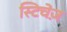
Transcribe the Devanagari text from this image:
स्टिचेज़